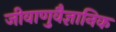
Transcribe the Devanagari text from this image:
जीवाणुवैज्ञानिक